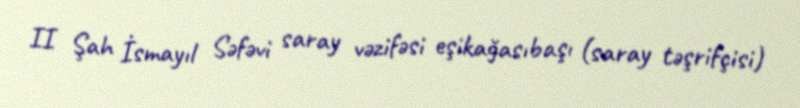
II Şah İsmayıl Səfəvi saray vəzifəsi eşikağasıbaşı (saray təşrifçisi)